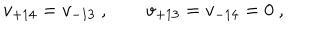
v _ { + 1 4 } = v _ { - 1 3 } \ , \qquad v _ { + 1 3 } = v _ { - 1 4 } = 0 \ ,